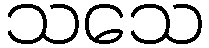
သသေ